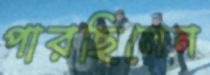
পারছিলেন